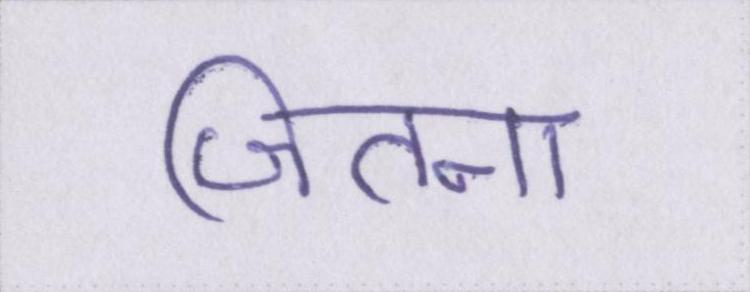
जितना